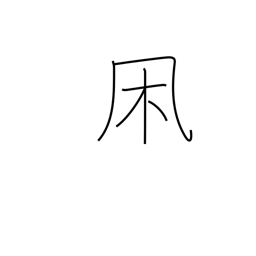
Meaning: wintry wind